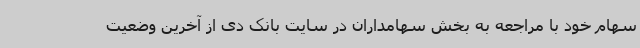
سهام خود با مراجعه به بخش سهامداران در سایت بانک دی از آخرین وضعیت